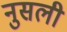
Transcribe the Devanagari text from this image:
नुसली